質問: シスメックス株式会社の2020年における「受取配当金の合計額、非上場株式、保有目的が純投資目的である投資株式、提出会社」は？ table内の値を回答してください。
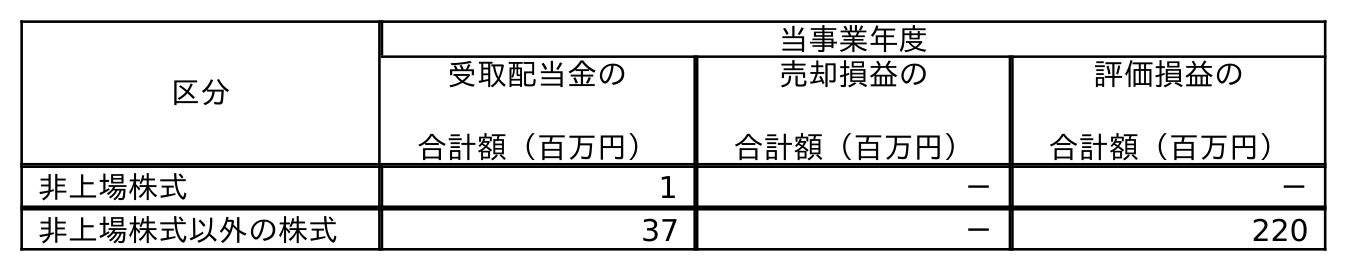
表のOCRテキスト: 区分 当事業年度 受取配当金の 合計額（百万円） 売却損益の 合計額（百万円） 評価損益の 合計額（百万円） 非上場株式 1 － － 非上場株式以外の株式 37 － 220
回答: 1